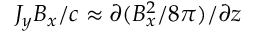
J _ { y } B _ { x } / c \approx \partial ( B _ { x } ^ { 2 } / 8 \pi ) / \partial z